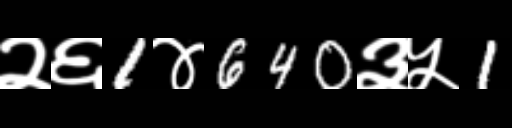
Text: २६1४640३५1